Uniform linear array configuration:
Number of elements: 24
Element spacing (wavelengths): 0.75
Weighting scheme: hann
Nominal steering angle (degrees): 60
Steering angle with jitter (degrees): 60.731
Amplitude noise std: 0.05
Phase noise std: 0.05

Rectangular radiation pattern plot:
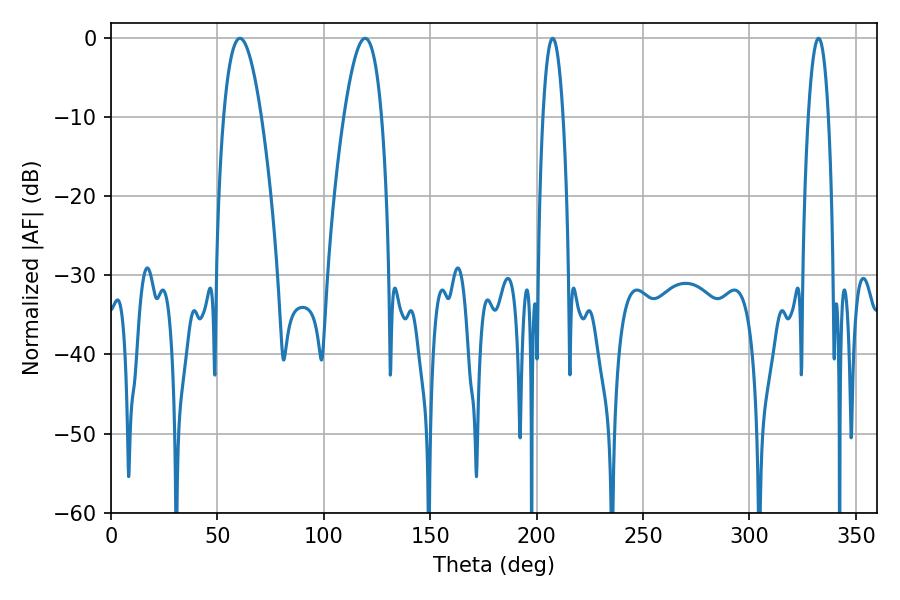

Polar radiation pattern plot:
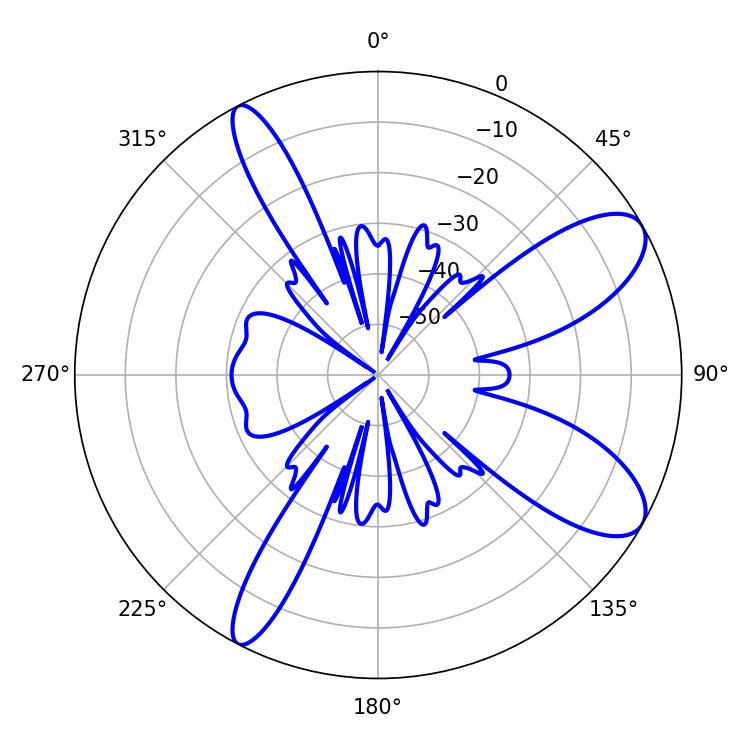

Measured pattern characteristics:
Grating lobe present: TRUE
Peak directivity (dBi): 9.434
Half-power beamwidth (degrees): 5.22
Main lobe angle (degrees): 207.54